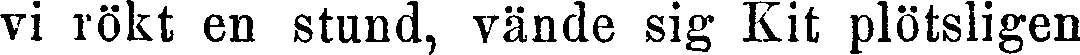
vi rökt en stund, vände sig Kit plötsligen